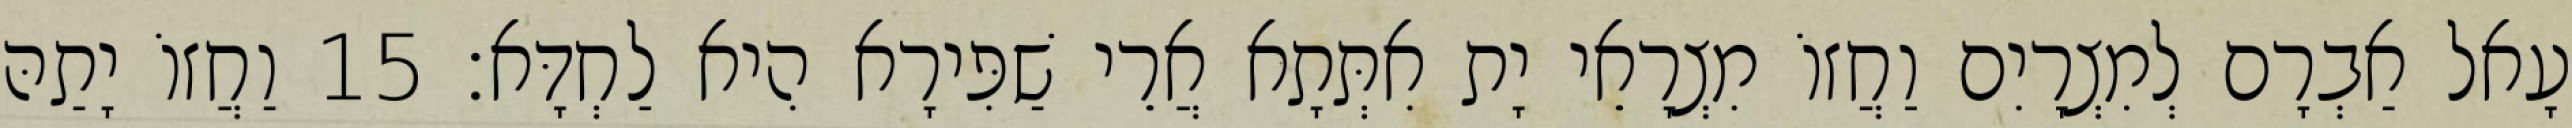
עָאל אַבְרָם לְמִצְרָיִם וַחֲזוֹ מִצְרָאֵי יָת אִתְּתָא אֲרֵי שַׁפִּירָא הִיא לַחְדָּא׃ 15 וַחֲזוֹ יָתַהּ